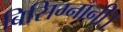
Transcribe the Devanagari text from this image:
बिसिग्नानी।